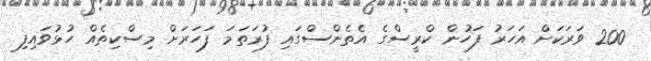
200 ވަރަކަށް އަހަރު ފަހުން ކްރީސްގެ އެތެންސްގައި ފުރަތަމަ ފަހަރަށް މިސްކިތެއް ހުޅުވައިފި